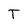
Character: T